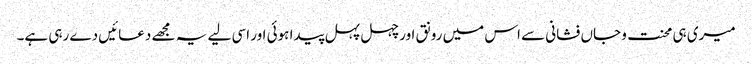
میری ہی محنت و جاں فشانی سے اس میں رونق اور چہل پہل پیدا ہوئی اور اسی لیے یہ مجھے دعائیں دے رہی ہے۔